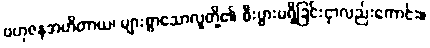
ဗဟုဇနအဟိတာယ၊ များစွာသောလူတို့၏ စီးပွားမရှိခြင်းငှာလည်းကောင်း။